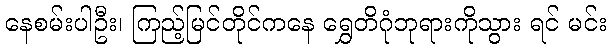
နေစမ်းပါဦး၊ ကြည့်မြင်တိုင်ကနေ ရွှေတိဂုံဘုရားကိုသွား ရင် မင်း